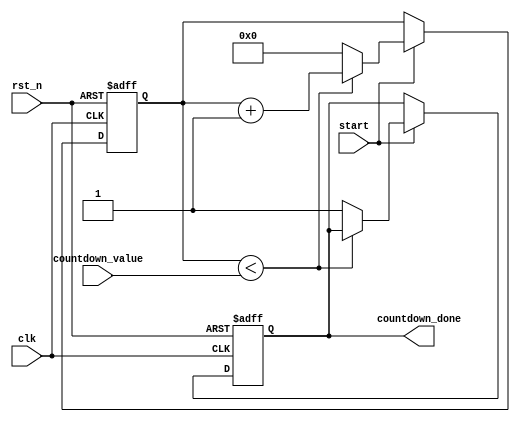
module countdown_timer (
    input wire clk,
    input wire rst_n,
    input wire start,
    input wire [15:0] countdown_value,
    output reg countdown_done
);

reg [15:0] counter;

always @(posedge clk or negedge rst_n)
begin
    if (!rst_n) begin
        counter <= 16'b0;
        countdown_done <= 1'b0;
    end
    else begin
        if (start) begin
            if (counter < countdown_value) begin
                counter <= counter + 1;
            end
            else begin
                counter <= 16'b0;
                countdown_done <= 1'b1;
            end
        end
    end
end

endmodule